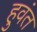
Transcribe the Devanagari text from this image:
हुवंत